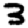
Digit: 3